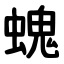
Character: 螝